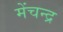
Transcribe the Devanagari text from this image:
मेंचन्द्र